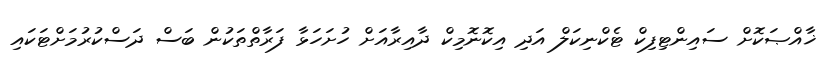
ޚާއްޞަކޮށް ސައިންޓިފިކް ޓެކްނިކަލް އަދި އިކޮނޮމިކް ދާއިރާއަށް ހުށަހަޅާ ފަރާތްތަކުން ބަސް ދަސްކުރުމަށްޓަކައި